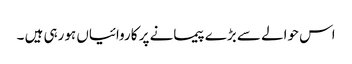
اس حوالے سے بڑے پیمانے پر کاروائیاں ہورہی ہیں ۔